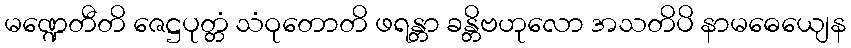
မဏ္ဍေတီတိ ဇေဋ္ဌပုတ္တံ သံဝုတောတိ ဖရန္တာ ခန္တိဗဟုလော အသတိပိ နာမဓေယျေန